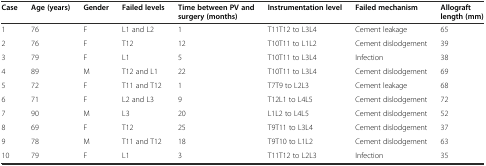
<table><thead><tr><td><b>Case</b></td><td><b>Age (years)</b></td><td><b>Gender</b></td><td><b>Failed levels</b></td><td><b>Time between PV and surgery (months)</b></td><td><b>Instrumentation level</b></td><td><b>Failed mechanism</b></td><td><b>Allograft length (mm)</b></td></tr></thead><tbody><tr><td>1</td><td>76</td><td>F</td><td>L1 and L2</td><td>1</td><td>T11T12 to L3L4</td><td>Cement leakage</td><td>65</td></tr><tr><td>2</td><td>76</td><td>F</td><td>T12</td><td>12</td><td>T10T11 to L1L2</td><td>Cement dislodgement</td><td>39</td></tr><tr><td>3</td><td>79</td><td>F</td><td>L1</td><td>5</td><td>T10T11 to L3L4</td><td>Infection</td><td>38</td></tr><tr><td>4</td><td>89</td><td>M</td><td>T12 and L1</td><td>22</td><td>T10T11 to L3L4</td><td>Cement dislodgement</td><td>69</td></tr><tr><td>5</td><td>72</td><td>F</td><td>T11 and T12</td><td>1</td><td>T7T9 to L2L3</td><td>Cement leakage</td><td>68</td></tr><tr><td>6</td><td>71</td><td>F</td><td>L2 and L3</td><td>9</td><td>T12L1 to L4L5</td><td>Cement dislodgement</td><td>72</td></tr><tr><td>7</td><td>90</td><td>M</td><td>L3</td><td>20</td><td>L1L2 to L4L5</td><td>Cement dislodgement</td><td>52</td></tr><tr><td>8</td><td>69</td><td>F</td><td>T12</td><td>25</td><td>T9T11 to L3L4</td><td>Cement dislodgement</td><td>37</td></tr><tr><td>9</td><td>78</td><td>M</td><td>T11 and T12</td><td>18</td><td>T9T10 to L1L2</td><td>Cement dislodgement</td><td>63</td></tr><tr><td>10</td><td>79</td><td>F</td><td>L1</td><td>3</td><td>T11T12 to L2L3</td><td>Infection</td><td>35</td></tr></tbody></table>